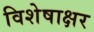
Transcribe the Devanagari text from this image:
विशेषाक्षर